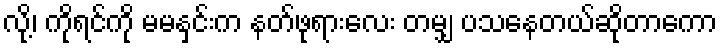
လို့၊ ကိုရင်ကို မမနှင်းက နတ်ဖုရားလေး တမျှ ပသနေတယ်ဆိုတာကော